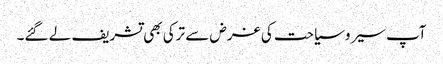
آپ سیروسیاحت کی غرض سے ترکی بھی تشریف لے گئے۔